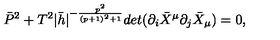
\bar { P } ^ { 2 } + T ^ { 2 } | \bar { h } | ^ { - \frac { p ^ { 2 } } { ( p + 1 ) ^ { 2 } + 1 } } d e t ( \partial _ { i } \bar { X } ^ { \mu } \partial _ { j } \bar { X } _ { \mu } ) = 0 ,